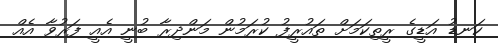
ކަނޑު އަޑީގެ ރީތިކަމަށް ތައުރީފު ކުރަމުން މަންދިރާ ބުނީ އެެއީ ފަރުވާ އެއް